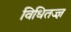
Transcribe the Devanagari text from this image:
विधितज्‍ज्ञ